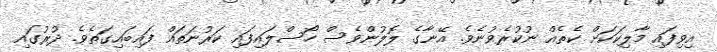
އިވިފައި މާލިކަކަށް ކެތެއް ނުކުރެވުނެވެ. އޭނާގެ ލޮލުންވެސް ހޯސްލައިފައި ކަރުނަތައް ފައިބައިގަތެވެ. ދުރުގައި